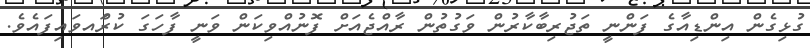
ގުޅިގެން އިންޑިއާގެ ފަންނީ ތަޖުރިބާކާރުން ވަގުތުން ރާއްޖެއަށް ފޮނުއްވިކަން ވަނީ ފާހަގަ ކުރަްއވައިފައެވެ.